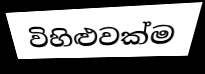
විහිළුවක්ම